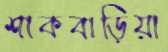
শাকবাড়িয়া